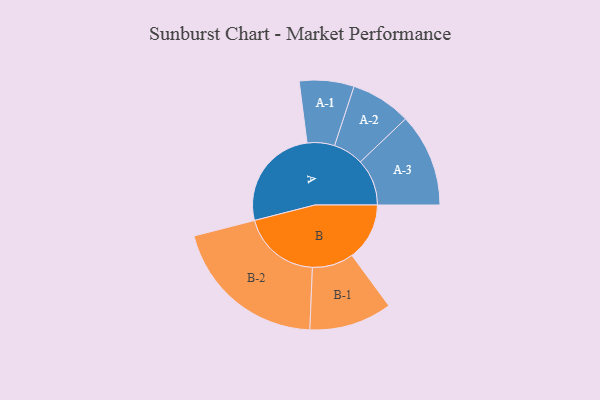
{"axis": {"x": "Segment", "y": "Value"}, "legend": ["", "A", "B"], "data": [{"x": "A", "y": 392, "type": ""}, {"x": "B", "y": 217, "type": ""}, {"x": "A-1", "y": 103, "type": "A"}, {"x": "A-2", "y": 114, "type": "A"}, {"x": "A-3", "y": 176, "type": "A"}, {"x": "B-1", "y": 156, "type": "B"}, {"x": "B-2", "y": 296, "type": "B"}]}